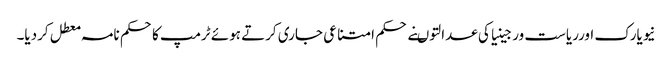
نیویارک اورریاست ورجینیاکی عدالتوںنے حکم امتناعی جاری کرتے ہوئے ٹرمپ کاحکم نامہ معطل کردیا۔